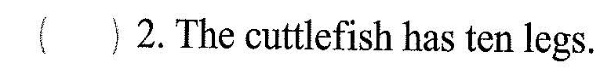
( )2.The cuttlefish has ten legs.